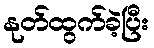
နုတ်ထွက်ခဲ့ပြီး